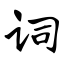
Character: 词